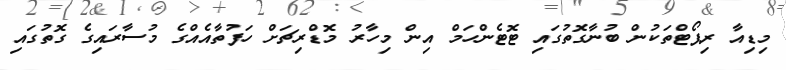
މިޑިއާ ރިޕޯޓްތަކުން ބުނާގޮތުގައި ޓޮޓެންހަމް އިން މިހާރު މޮޑްރިޗަށް ހަފުތާއެއްގެ މުސާރައިގެ ގޮތުގައި